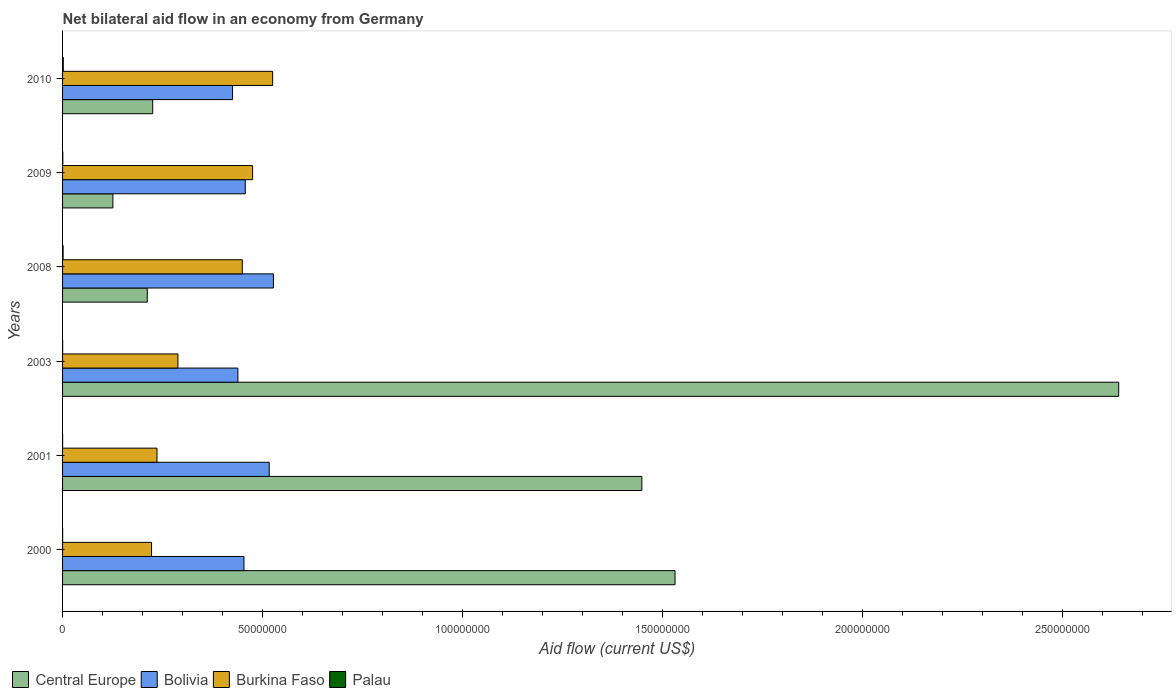
| Years | Central Europe | Bolivia | Burkina Faso | Palau |
 | --- | --- | --- | --- | --- |
 | 2000 | 1.53e+08 | 4.53e+07 | 2.22e+07 | 2e+04 |
 | 2001 | 1.45e+08 | 5.16e+07 | 2.36e+07 | 1e+04 |
 | 2003 | 2.64e+08 | 4.38e+07 | 2.88e+07 | 2e+04 |
 | 2008 | 2.12e+07 | 5.27e+07 | 4.49e+07 | 1.3e+05 |
 | 2009 | 1.26e+07 | 4.57e+07 | 4.75e+07 | 6e+04 |
 | 2010 | 2.25e+07 | 4.25e+07 | 5.25e+07 | 1.8e+05 |